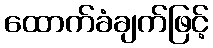
ထောက်ခံချက်ဖြင့်